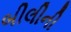
બીલીની